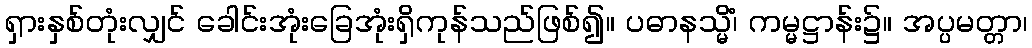
ရှားနှစ်တုံးလျှင် ခေါင်းအုံးခြေအုံးရှိကုန်သည်ဖြစ်၍။ ပဓာနသ္မိံ၊ ကမ္မဋ္ဌာန်း၌။ အပ္ပမတ္တာ၊